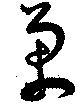
萬